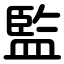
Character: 監